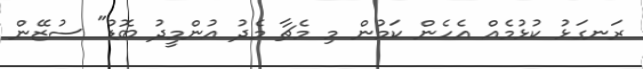
ރަނގަޅު ކުޅުމެއް އެހެން ކަމުން މި މެޗާ މެދު އުންމީދު ބޮޑު" ސުޒޭން